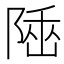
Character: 𨺭